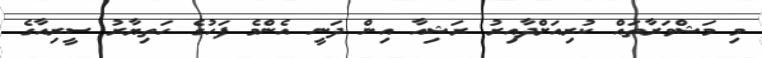
މި މަޝްވަރާތައް ކުރިއަށްދާއިރު ރަޝިއާ އިން ދަނީ އެންމެ ފަހުގެ ހަތިޔާރު ސީރިއާގެ